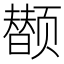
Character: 𲋂